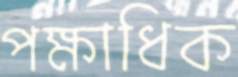
পক্ষাধিক